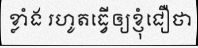
ខ្លាំង រហូតធ្វើឲ្យខ្ញុំជឿថា